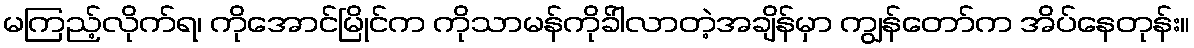
မကြည့်လိုက်ရ၊ ကိုအောင်မြိုင်က ကိုသာမန်ကိုခ်ါလာတဲ့အချိန်မှာ ကျွန်တော်က အိပ်နေတုန်း။